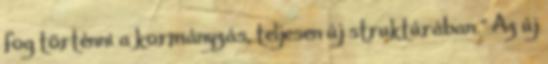
fog történni a kormányzás, teljesen új struktúrában." Az új